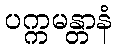
ပက္ကမန္တာနံ